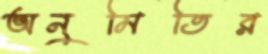
অনুমিতির